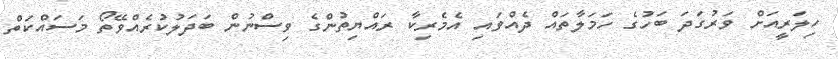
ހިލަރީއަށް ވަރުގަދަ ބަހުގެ ހަމަލާތައް ދެއްވައި އެމެރިކާ ރައްޔިތުންގެ ވިސްނުން ބަދަލުކުރެއްވޭތޯ މަސައްކަތް